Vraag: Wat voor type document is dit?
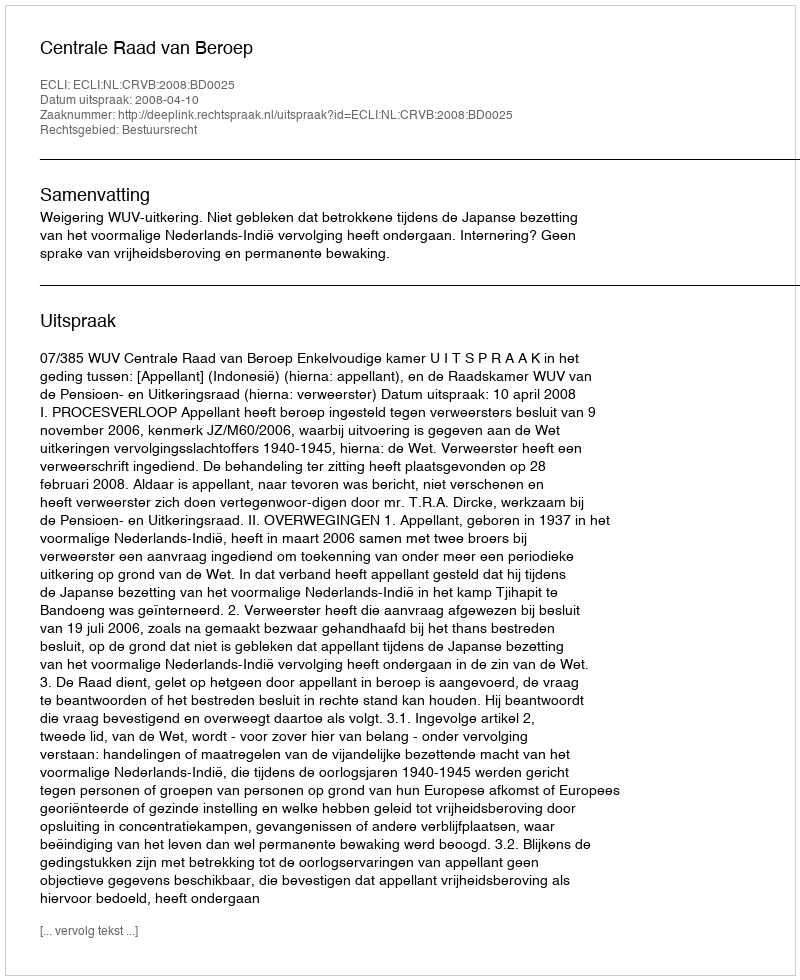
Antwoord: Uitspraak